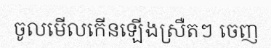
ចូលមើលកើនឡើងស្រឺតៗ ចេញ